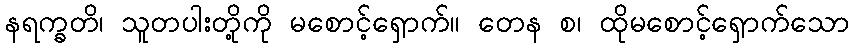
နရက္ခတိ၊ သူတပါးတို့ကို မစောင့်ရှောက်။ တေန စ၊ ထိုမစောင့်ရှောက်သော